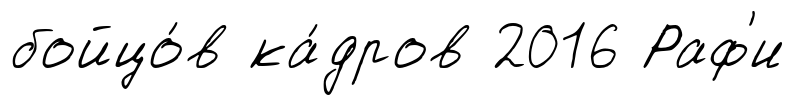
бойцо́в ка́дров 2016 Раф'и